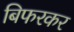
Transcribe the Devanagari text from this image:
बिफरकर